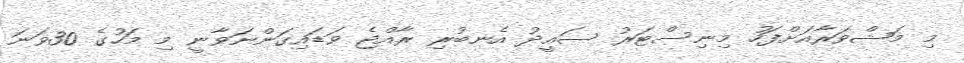
މި މަޝްވަރާއަށްފަހު މިނިސްޓަރު ސައީދު އެނބުރި ރާއްޖެ ވަޑައިގަންނަވާނީ މި މަހުގެ 30ވަނަ